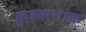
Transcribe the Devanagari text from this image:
क्रुइकशांक